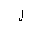
Letter: _lam